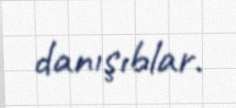
danışıblar.